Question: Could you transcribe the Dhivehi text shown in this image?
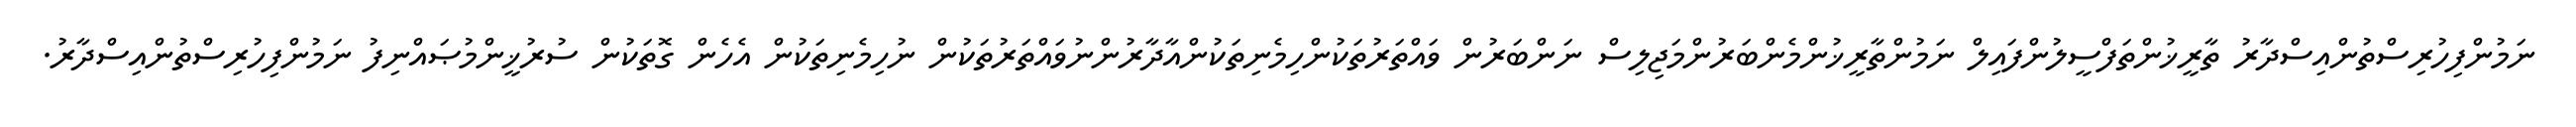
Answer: ނަމުންފިހުރިސްތުންއިސްދާރު ތާރީޚުންތަފްސީލުންފައިލް ނަމުންތާރީޚުންމެންބަރުންމަޖިލިސް ނަންބަރުން ވައްތަރުތަކުންހިމެނިތަކުންއާދާރުންނުވައްތަރުތަކުން ނުހިމެނިތަކުން އެހެން ގޮތަކުން ސުރުޚީންމުޞައްނިފު ނަމުންފިހުރިސްތުންއިސްދާރު.